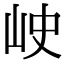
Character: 𡶈